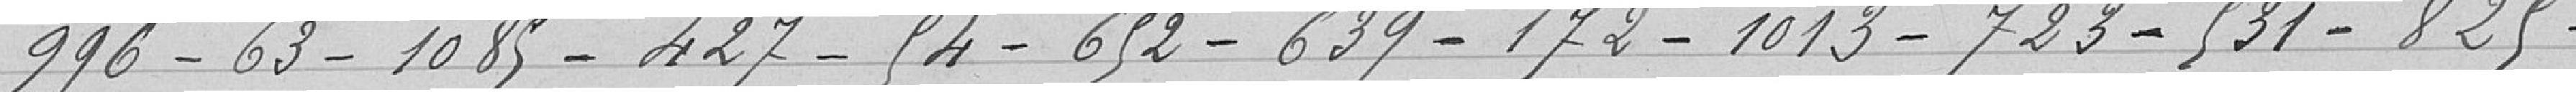
996-63-1 085-427-54-652-639-172-1 013-723-531-825